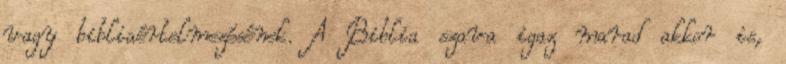
vagy bibliaértelmezésének. A Biblia szava igaz marad akkor is,